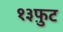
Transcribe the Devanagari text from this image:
१३फ़ुट